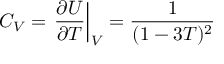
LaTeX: C _ { V } = \left. \frac { \partial U } { \partial T } \right| _ { V } = \frac { 1 } { ( 1 - 3 T ) ^ { 2 } }